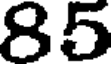
85